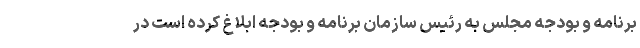
برنامه و بودجه مجلس به رئیس سازمان برنامه و بودجه ابلاغ کرده است در